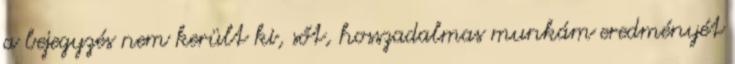
a bejegyzés nem került ki, sőt, hosszadalmas munkám eredményét